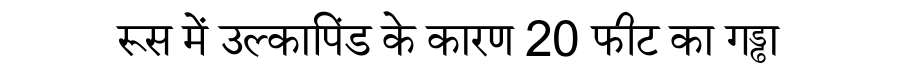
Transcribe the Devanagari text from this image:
रूस में उल्कापिंड के कारण 20 फीट का गड्ढा